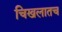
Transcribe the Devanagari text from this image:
चिखलातच